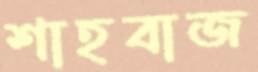
শাহবাজ